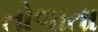
તોળાતા